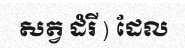
សត្វ ដំរី ) ដែល